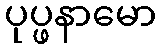
ပုပ္ဖနာမော